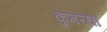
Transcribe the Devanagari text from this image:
कुमरथा